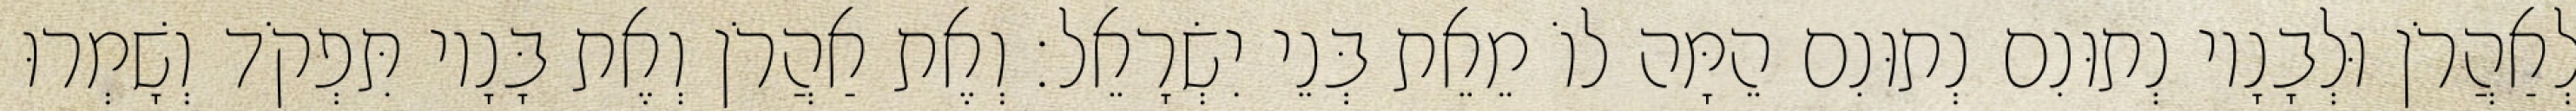
לְאַהֲרֹן וּלְבָנָיו נְתוּנִם נְתוּנִם הֵמָּה לוֹ מֵאֵת בְּנֵי יִשְׂרָאֵל׃ וְאֶת אַהֲרֹן וְאֶת בָּנָיו תִּפְקֹד וְשָׁמְרוּ